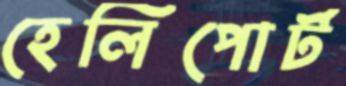
হেলিপোর্ট